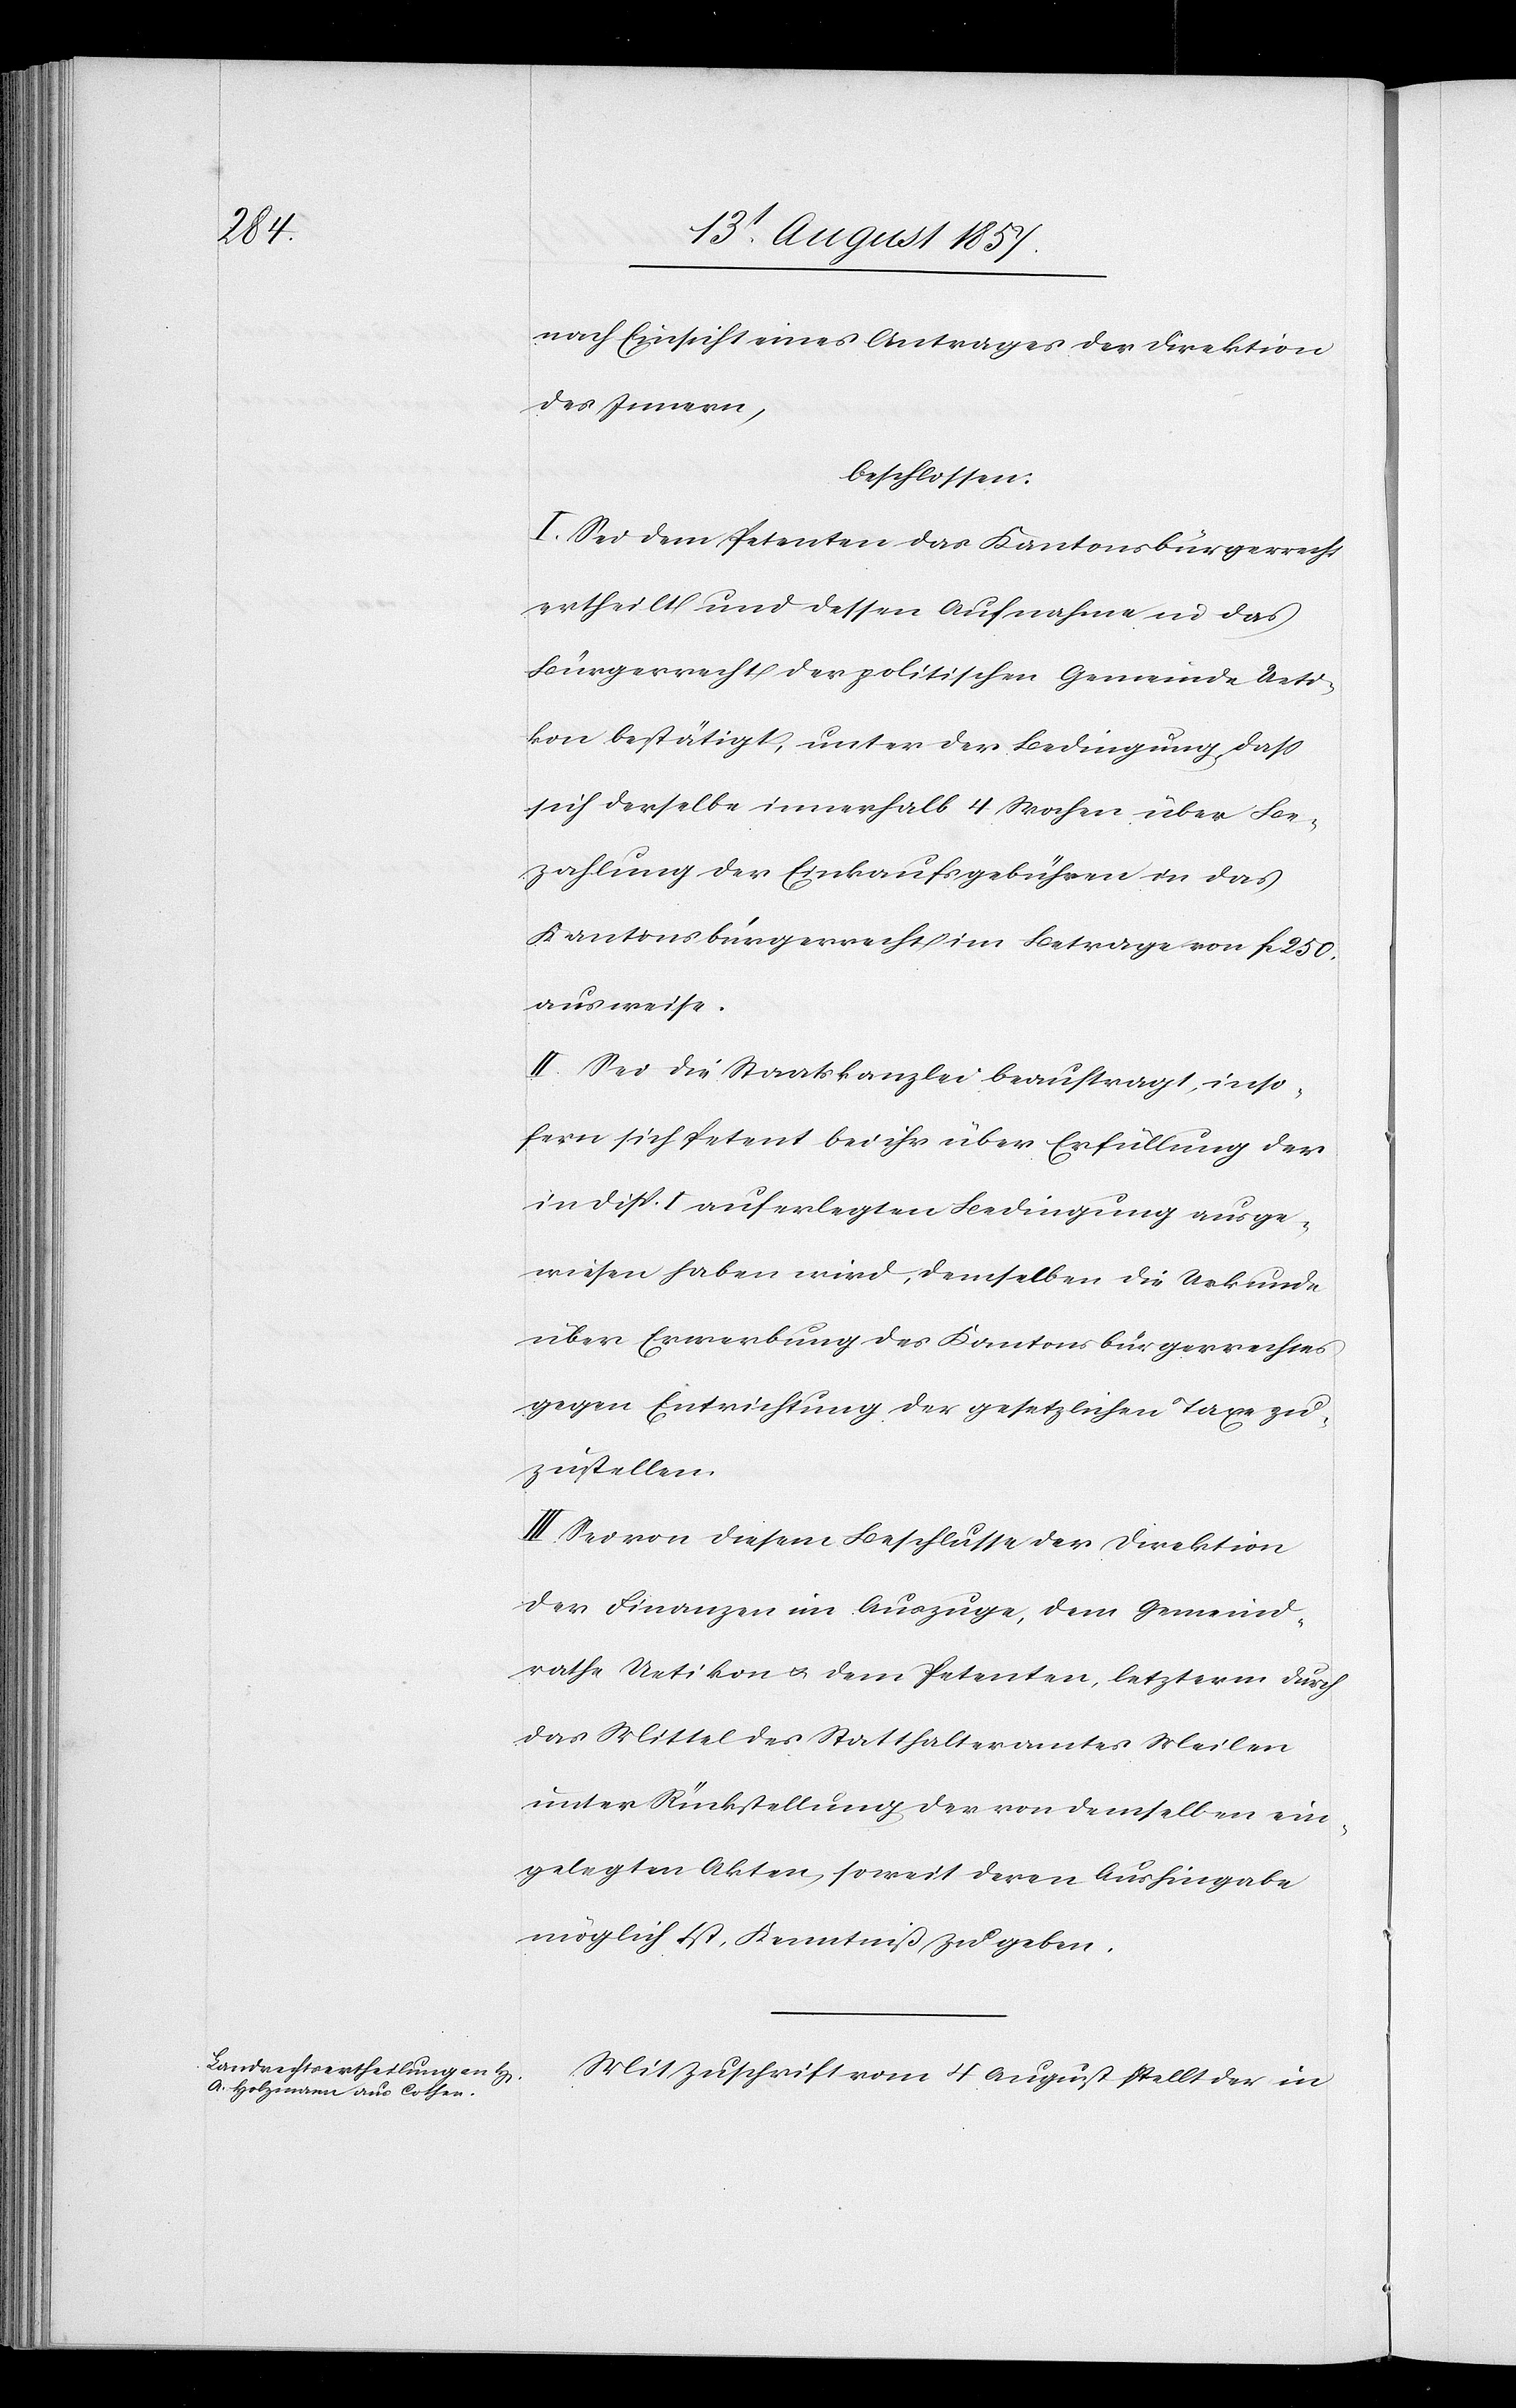
nach Einsicht eines Antrages der Direktion
des Innern,
beschlossen:
I. Sei dem Petenten das Kantonsbürgerrecht
ertheilt und dessen Aufnahme in das
Bürgerrecht der politischen Gemeinde Ueti¬
kon bestätigt, unter der Bedingung, daß
sich derselbe innerhalb 4 Wochen über Be¬
zahlung der Einkaufsgebühren in das
Kantonsbürgerrecht im Betrage von fc 250
ausweise.
II. Sei die Staatskanzlei beauftragt, inso¬
fern sich Petent bei ihr über Erfüllung der
in Disp. I auferlegten Bedingung ausge¬
wiesen haben wird, demselben die Urkunde
über Erwerbung des Kantonsbürgerrechtes
gegen Entrichtung der gesetzlichen Taxe zu¬
zustellen.
III. Sei von diesem Beschlusse der Direktion
der Finanzen im Auszuge, dem Gemeind¬
rathe Uetikon & dem Petenten, letzterm durch
das Mittel des Statthalteramtes Meilen
unter Rückstellung der von demselben ein¬
gelegten Akten, soweit deren Aushingabe
möglich ist, Kenntniß zu geben.
Mit Zuschrift vom 4 August stellt der in